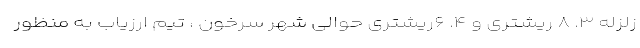
زلزله ۳. ۸ ریشتری و ۴. ۶ریشتری حوالی شهر سرخون ، تیم ارزیاب به منظور